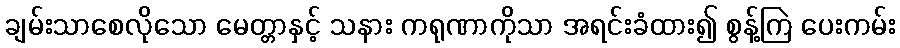
ချမ်းသာစေလိုသော မေတ္တာနှင့် သနား ကရုဏာကိုသာ အရင်းခံထား၍ စွန့်ကြဲ ပေးကမ်း